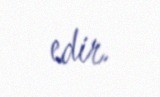
edir.